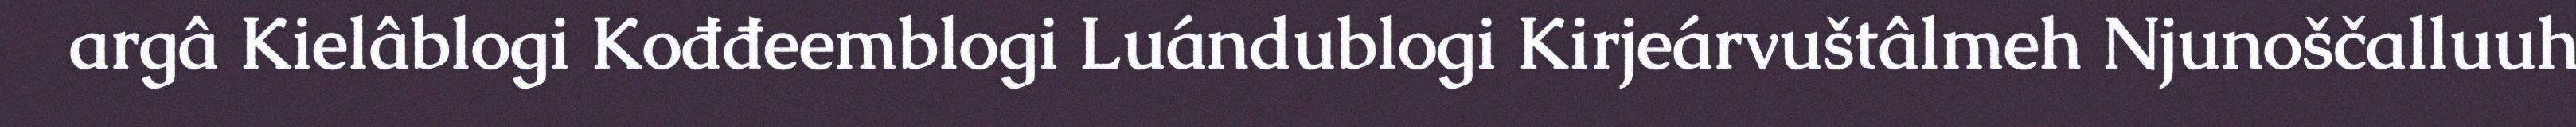
argâ Kielâblogi Kođđeemblogi Luándublogi Kirjeárvuštâlmeh Njunoščalluuh